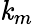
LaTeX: \mathit{k}_{m}